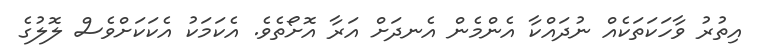
އިތުރު ވާހަކަތަކެއް ނުދައްކާ އެންމެން އެނދަށް އަރާ އޮށޯތެވެ. އެކަމަކު އެކަކަށްވެސް ލޮލުގެ